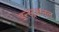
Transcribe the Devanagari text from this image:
इन्स्ट्रक्षनल